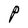
Character: P